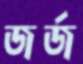
জর্জ